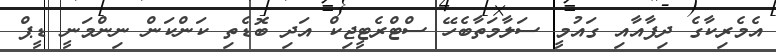
އެމެރިކާގެ ދިފާއާއި ގައުމީ ސަލާމަތާބެހޭ ސްޓްރެޓީޖިކް އަދި ބޮޑެތި ކަންކަން ނިންމަނީ ޑީޕް